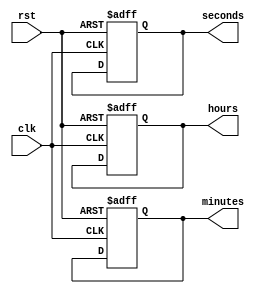
module rtc_timer(
    input clk,
    input rst,
    output reg [3:0] hours,
    output reg [5:0] minutes,
    output reg [5:0] seconds
);

reg [23:0] count;

always @(posedge clk or posedge rst) begin
    if (rst) begin
        count <= 0;
        hours <= 4'b0;
        minutes <= 6'b0;
        seconds <= 6'b0;
    end else begin
        count <= count + 1;
        if (count == 24000000) begin // 1 second for 24 MHz clock
            count <= 0;
            if (seconds == 6'b111111) begin
                seconds <= 6'b0;
                if (minutes == 6'b111111) begin
                    minutes <= 6'b0;
                    if (hours == 4'b1111) begin
                        hours <= 4'b0;
                    end else begin
                        hours <= hours + 1;
                    end
                end else begin
                    minutes <= minutes + 1;
                end
            end else begin
                seconds <= seconds + 1;
            end
        end
    end
end

endmodule